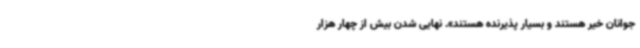
جوانان خیر هستند و بسیار پذیرنده هستند». نهایی شدن بیش از چهار هزار